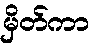
မှိတ်ကာ